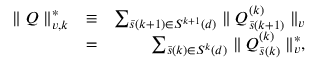
\begin{array} { r l r } { \parallel Q \parallel _ { v , k } ^ { * } } & { \equiv } & { \sum _ { \bar { s } ( k + 1 ) \in { \cal S } ^ { k + 1 } ( d ) } \parallel Q _ { \bar { s } ( k + 1 ) } ^ { ( k ) } \parallel _ { v } } \\ & { = } & { \sum _ { \bar { s } ( k ) \in { \cal S } ^ { k } ( d ) } \parallel Q _ { \bar { s } ( k ) } ^ { ( k ) } \parallel _ { v } ^ { * } , } \end{array}